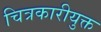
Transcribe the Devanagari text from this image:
चित्रकारीयुक्त